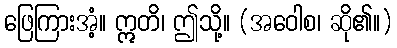
ဖြေကြားအံ့။ ဣတိ၊ ဤသို့။ (အဝေါစ၊ ဆို၏။)